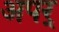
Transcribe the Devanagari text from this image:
अपर्